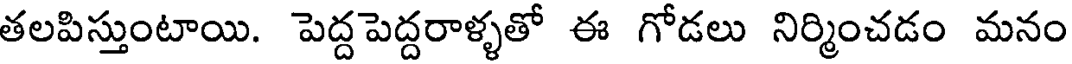
తలపిస్తుంటాయి. పెద్ద పెద్దరాళ్ళతో ఈ గోడలు నిర్మించడం మనం